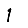
Digit: 1